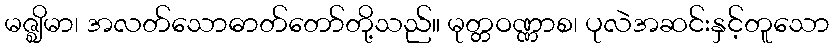
မဇ္ဈိမာ၊ အလတ်သောဓာတ်တော်တို့သည်။ မုတ္တဝဏ္ဏာစ၊ ပုလဲအဆင်းနှင့်တူသော